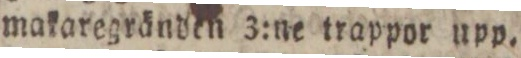
makaregränden 3:ne trappor upp.